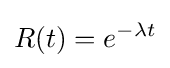
R(t)=e^{-\lambda t}